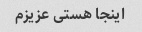
اینجا هستی عزیزم